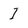
Character: i